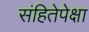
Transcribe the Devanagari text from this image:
संहितेपेक्षा